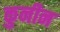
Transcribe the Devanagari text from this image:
कुनीन